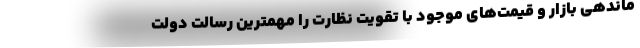
ماندهی بازار و قیمت‌های موجود با تقویت نظارت را مهمترین رسالت دولت